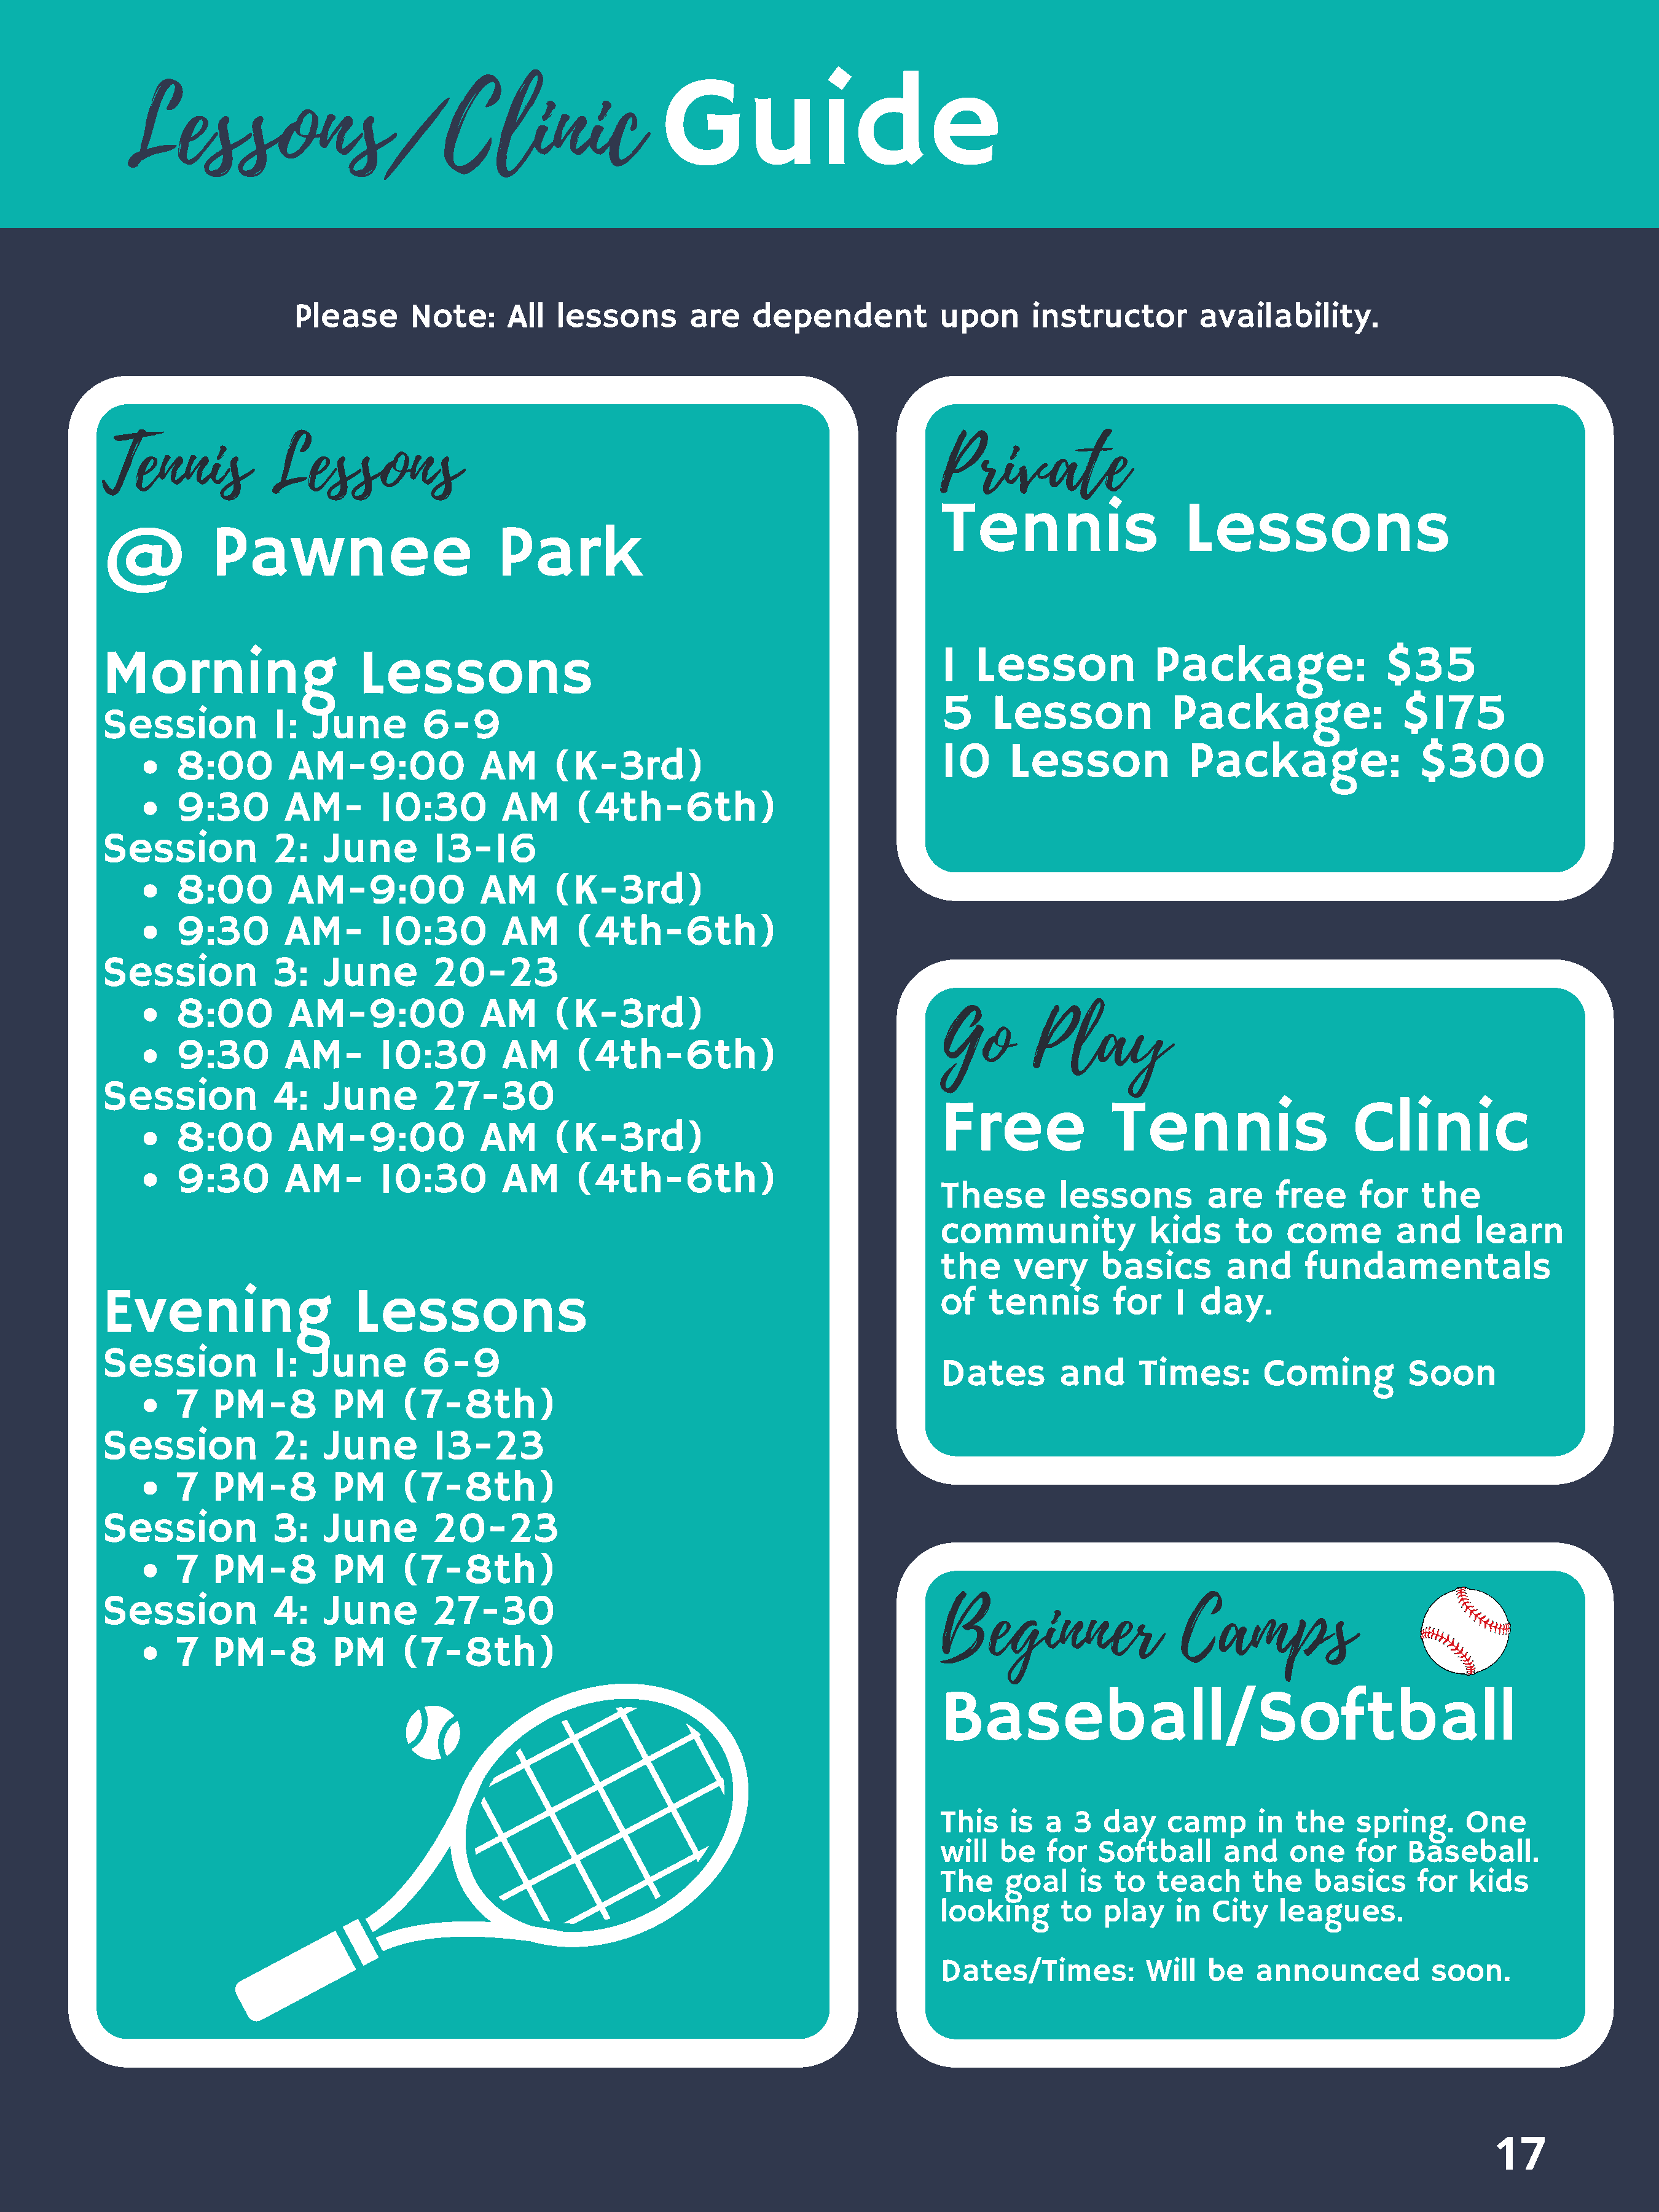
Lessons/Clinic
 Guide
 Please      Note:      All  lessons       are    dependent           upon      instructor        availability.
 Tennis            Lessons                                                                 Private
 Tennis                     Lessons
 @           Pawnee                         Park
 Morning                     Lessons                                                       1   Lesson             Package:                 $35
 5     Lesson             Package:                 $175
 Session           1:   June       6-9
 10      Lesson             Package:                 $300
 8:00        AM-9:00              AM      (K-3rd)
 9:30        AM-       10:30        AM      (4th-6th)
 Session           2:    June        13-16
 8:00        AM-9:00              AM      (K-3rd)
 9:30        AM-       10:30        AM      (4th-6th)
 Session           3:    June        20-23
 Go        Play
 8:00        AM-9:00              AM      (K-3rd)
 9:30        AM-       10:30        AM      (4th-6th)
 Session           4:    June        27-30
 Free               Tennis                    Clinic
 8:00        AM-9:00              AM      (K-3rd)
 9:30        AM-       10:30        AM      (4th-6th)
 These        lessons         are     free    for    the
 community              kids     to    come       and      learn
 the     very      basics       and      fundamentals
 Evening                    Lessons                                                        of   tennis        for   1  day.
 Session           1:   June       6-9
 Dates        and      Times:       Coming          Soon
 7   PM-8         PM     (7-8th)
 Session           2:    June        13-23
 7   PM-8         PM     (7-8th)
 Session           3:    June        20-23
 7   PM-8         PM     (7-8th)
 Beginner                  Camps
 Session           4:    June        27-30
 7   PM-8         PM     (7-8th)
 Baseball/Softball
 This    is  a  3  day    camp     in  the    spring.     One
 will   be   for  Softball      and    one    for   Baseball.
 The    goal    is  to   teach     the    basics     for  kids
 looking      to   play    in  City   leagues.
 Dates/Times:          Will   be   announced          soon.
 17